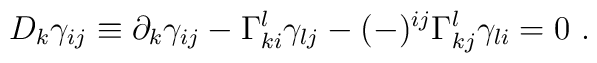
D_k \gamma_{ij} \equiv \partial_k \gamma_{ij} - \Gamma^l_{ki}\gamma_{lj}- (-)^{ij}\Gamma^l_{kj}\gamma_{li} = 0 \ .